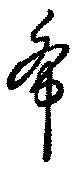
希